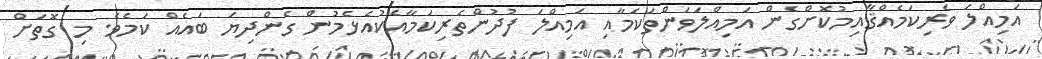
އަމިއްލަ ވެރިކަމެއްޤާއިމުކޮށްގެން އަމިއްލަވަންތަކަމާއި އަމިއްލަ ފުދުންތެރިކަމާއެކުއެޅެމުން ގެންދިޔަ ބައެއް ކަމެވެ. މި ގޮތަށް